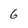
Character: 6